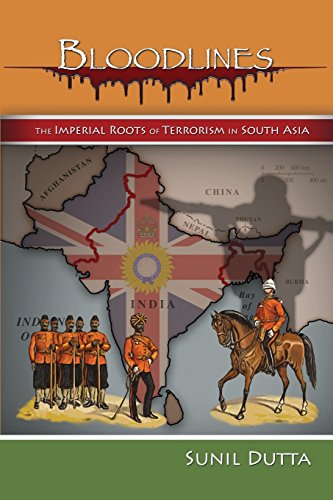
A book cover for Bloodlines: The Imperial Roots of Terrorism in South Asia; Sunil Dutta; History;